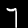
Label: 7